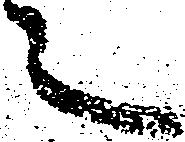
之